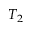
T _ { 2 }